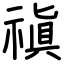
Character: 禛